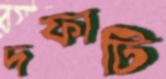
দফাটি